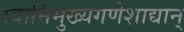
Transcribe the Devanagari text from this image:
स्वामिमुख्यगणेशाद्यान्